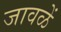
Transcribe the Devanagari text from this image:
जावळें